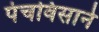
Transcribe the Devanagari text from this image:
पंचविसाने